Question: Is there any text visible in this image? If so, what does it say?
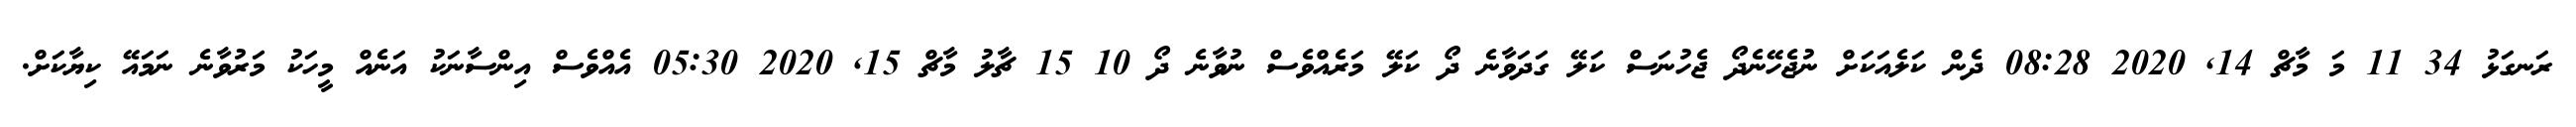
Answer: ރަނގަޅު 34 11 މަ މާޗް 14, 2020 08:28 ދެން ކަލެއަކަށް ނުޖެހޭނެދޯ ޖެހުނަސް ކަލޭ ގަދަވާނެ ދޯ ކަލޭ މަރެއްވެސް ނުވާނެ ދޯ 10 15 ޗާލު މާޗް 15, 2020 05:30 އެއްވެސް އިންސާނަކު އަނެއް މީހަކު މަރުވާނެ ނަމައޭ ކިޔާކަށް.